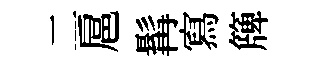
二扈髯寫簰